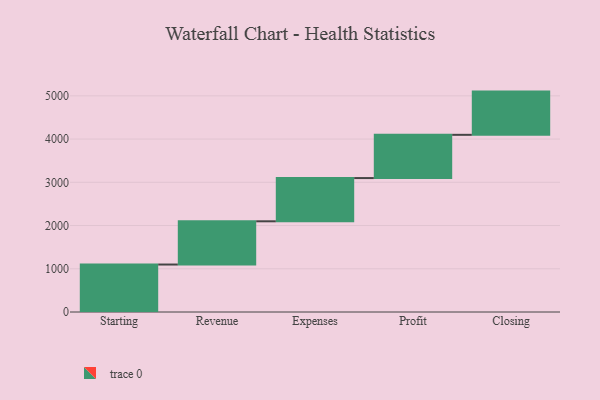
{"axis": {"x": "Step", "y": "Value"}, "legend": [""], "data": [{"x": "Starting", "y": 1098.0, "type": ""}, {"x": "Revenue", "y": 1000, "type": ""}, {"x": "Expenses", "y": 1000, "type": ""}, {"x": "Profit", "y": 1000, "type": ""}, {"x": "Closing", "y": 1000, "type": ""}]}